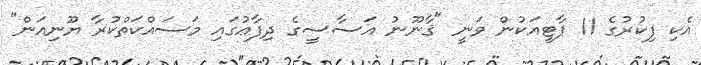
އެކި ފިކުރުގެ 11 ޕާޓީއަކުން ވަނީ "ޤާނޫނު އަސާސީގެ ދިފާޢުގައި މަސައްކަތްކުރާ ޔޫނިއަން"